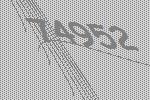
74952